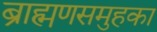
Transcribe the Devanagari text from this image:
ब्राह्मणसमुहका